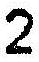
2